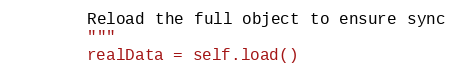
Language: Python
        Reload the full object to ensure sync
        """
        realData = self.load()